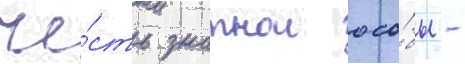
че́сть знатнои осо́бы -